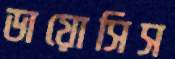
ডায়োসিস